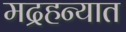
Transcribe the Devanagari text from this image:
मद्रहन्यात